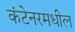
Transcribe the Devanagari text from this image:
कंटेनरमधील